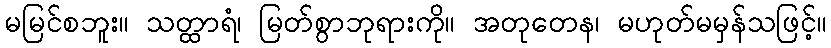
မမြင်စဘူး။ သတ္ထာရံ၊ မြတ်စွာဘုရားကို။ အတုတေန၊ မဟုတ်မမှန်သဖြင့်။